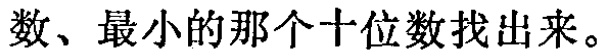
数、最小的那个十位数找出来。